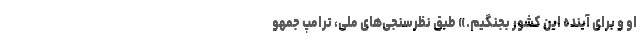
او و برای آینده این کشور بجنگیم.» طبق نظرسنجی‌های ملی، ترامپ جمهو